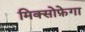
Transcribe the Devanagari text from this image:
मिक्सोफ़ेगा